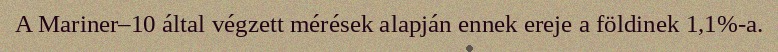
A Mariner–10 által végzett mérések alapján ennek ereje a földinek 1,1%-a.